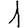
Digit: 1